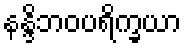
နန္ဒိဘဝပရိက္ခယာ